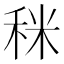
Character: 𥞪